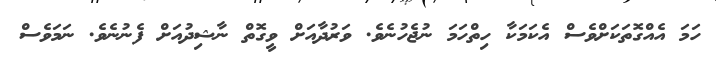
ހަމަ އެއްގޮތަކަށްވެސް އެކަމަކާ ހިތްހަމަ ނުޖެހުނެވެ. ވަރުދާއަށް ވީގޮތް ނާޝިދުއަށް ފެނުނެވެ. ނަމަވެސް